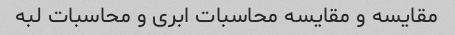
مقایسه و مقایسه محاسبات ابری و محاسبات لبه